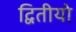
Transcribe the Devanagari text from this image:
द्वितीयो